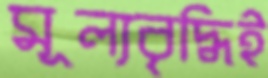
মূল্যবৃদ্ধিই